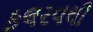
કલરવથી